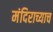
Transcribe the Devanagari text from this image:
मंदिराच्याच